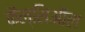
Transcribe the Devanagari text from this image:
कैल्सिऑल